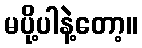
မပို့ပါနဲ့တော့။